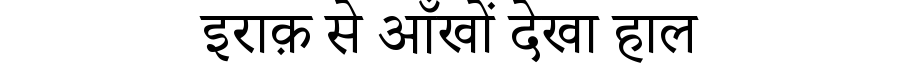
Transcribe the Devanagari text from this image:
इराक़ से आँखों देखा हाल